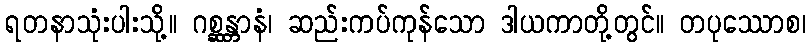
ရတနာသုံးပါးသို့။ ဂစ္ဆန္တာနံ၊ ဆည်းကပ်ကုန်သော ဒါယကာတို့တွင်။ တပုဿောစ၊